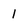
Character: i